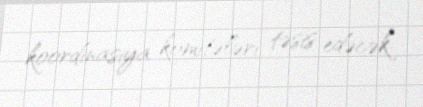
koordinasiya komitələri təsis edəcək.